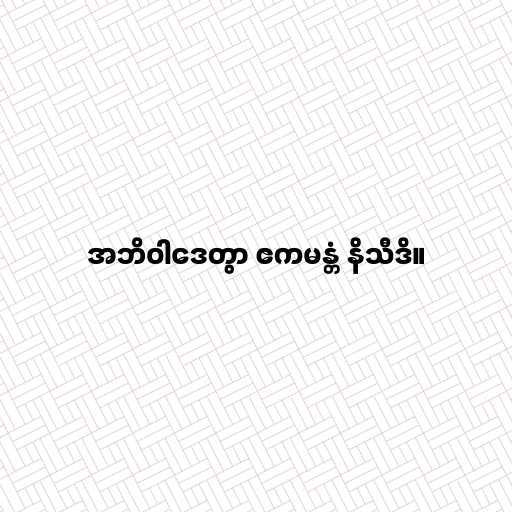
အဘိဝါဒေတွာ ဧကမန္တံ နိသီဒိ။